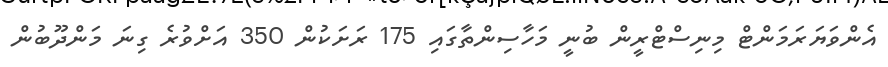
އެންވަޔަރަަމަންޓް މިނިސްޓްރީން ބުނީ މަހާސިންތާގައި 175 ރަށަކުން 350 އަށްވުރެ ގިނަ މަންދޫބުން